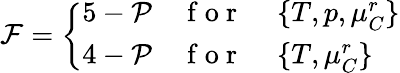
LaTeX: \mathcal{F}=\left\{ \begin{array}{ll}{5-\mathcal{P}}&{\mathrm{~f~o~r~}\, \quad\{ T,p,\mu_{C}^{r}\} }\\ {4-\mathcal{P}}&{\mathrm{~f~o~r~}\, \quad\{ T,\mu_{C}^{r}\} }\end{array}\right.